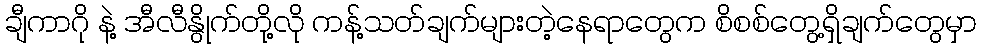
ချီကာဂို နဲ့ အီလီနွိုက်တို့လို ကန့်သတ်ချက်များတဲ့နေရာတွေက စိစစ်တွေ့ရှိချက်တွေမှာ